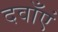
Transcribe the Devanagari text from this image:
दवाँएं